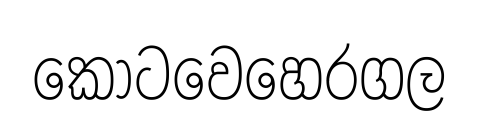
කොටවෙහෙරගල